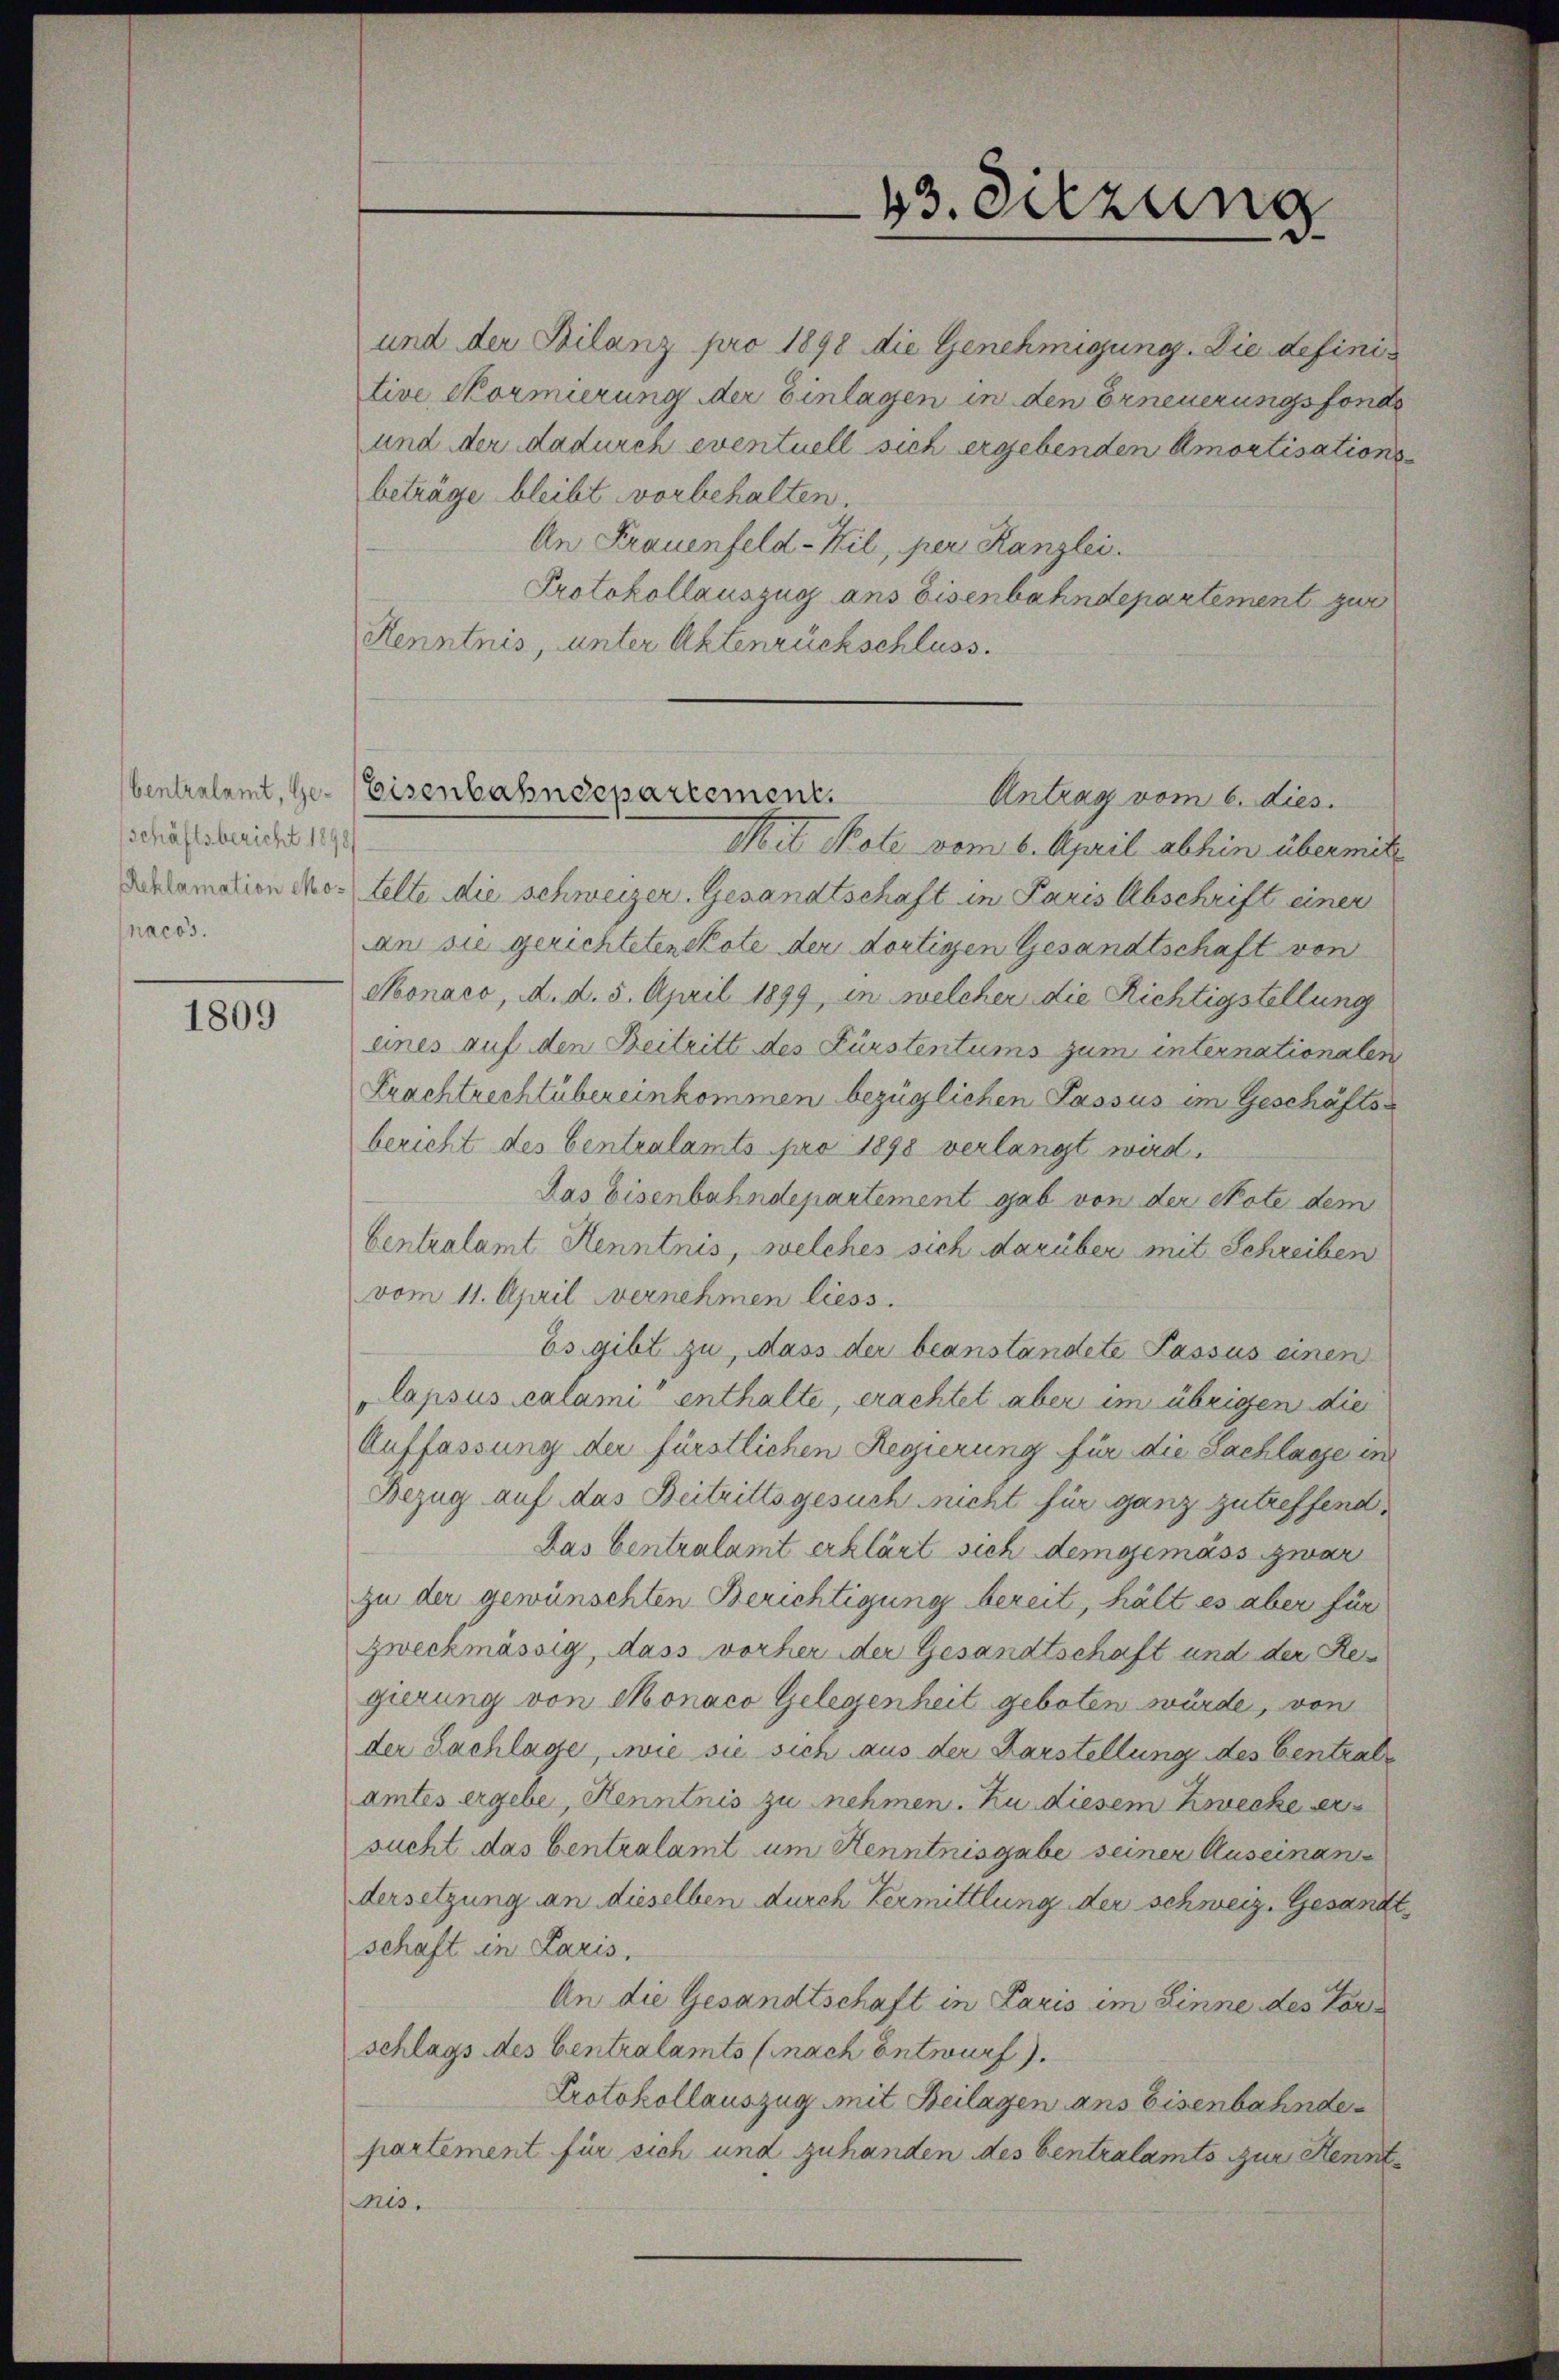
schäftsbericht 1898
nacos.

1809

und der Filanz pro 1898 die Genehmigung. Die definitive Kormierung der Einlagen in den Erneuerungsfonde
und der dadurch eventuell sich ergebenden Amortisationsbeträge bleibt vorbehalten.
An Frauenfeld-Kil, per Kanzlei
Protokollauszug ans Eisenbahndepartement zur
Kenntnis, unter Aktenrückschluss.
Antrag vom 6. dies.
Mit Note vom 6. April abhin übermit
Alamation Mo- elte die schweizer. Gesandtschaft in Paris Abschrift einer
an sie gerichteten Tote der dortigen Gesandtschaft von
Monaco, d. d. 5. April 1899, in welcher die Richtigstellung
eines auf den Beitritt des Fürstentums zum internationalen
Frachtrechtübereinkommen bezüglichen Passus im Geschäftsbericht des Centralamts pro 1898 verlangt wird.
das Eisenbahndepartement gab von der Note dem
Centralamt Kenntnis, welches sich darüber mit Schreiben
vom 11. April vernehmen liess.
Es gibt zu, dass der beanständete Passus einen
lapsus Calami enthalte, erachtet aber im übrigen die
Auffassung der fürstlichen Regierung für die Sachlage in
Bezug auf das Beitrittsgesuch nicht für ganz zutreffend,
Las Centralamt erklärt sich demgemäss zwar
zu der gewünschten Berichtigung bereit, hält es aber für
zweckmässig, dass vorher der Gesandtschaft und der Regierung von Monaco Gelegenheit geboten würde, von
der Sachlage, wie sie sich aus der Darstellung des Centralamtes ergebe, Kenntnis zu nehmen. Zu diesem Zwecke er
sucht das Centralamt um Kenntnisgabe seiner Auseinan
dersetzung an dieselben durch Vermittlung der schweiz. Gesandtschaft in Paris,
An die Gesandtschaft in Paris im Linne des Vorschlags des Centralamts (nach Entwurf.
Protokollauszug mit Beilagen ans Eisenbahnde
partement für sich und zuhanden des Centralamts zur Kenntnis.

bentralamt, Ge- Eisenbahndepartement.

13. Sitzung
.